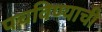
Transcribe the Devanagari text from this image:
पचविण्याची